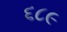
૬૮૯